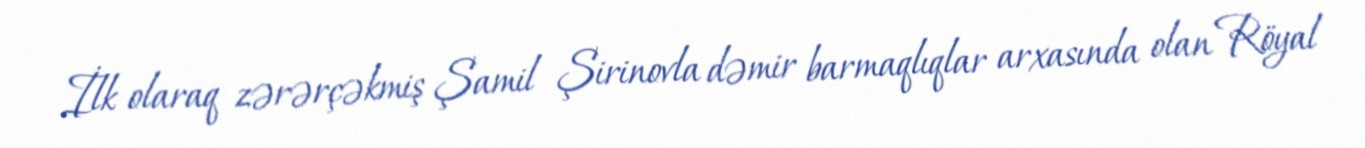
İlk olaraq zərərçəkmiş Şamil Şirinovla dəmir barmaqlıqlar arxasında olan Röyal